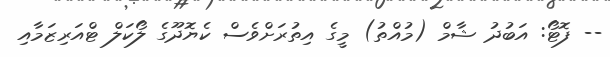
-- ފޮޓޯ: އަބުދު ޝާމް (މުއްތު) މީގެ އިތުރަށްވެސް ކެޔޮދޫގެ ލޯކަލް ޓްއަރިޒަމާއި